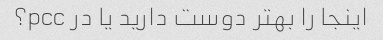
اینجا را بهتر دوست دارید یا در pcc؟